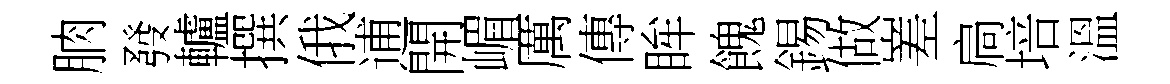
朒發轤撰俄逋開嵋厲傳眸餽錫做嵳扃培溫